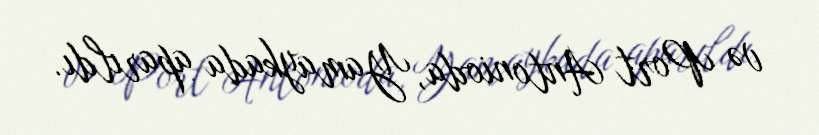
və Port Antonioda, Yamaykada aparıldı.